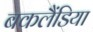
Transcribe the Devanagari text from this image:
बकलैंडिया